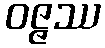
ဝဇ္ဇဿ